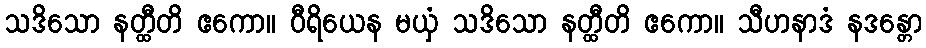
သဒိသော နတ္ထီတိ ဧကော။ ဝီရိယေန မယှံ သဒိသော နတ္ထီတိ ဧကော။ သီဟနာဒံ နဒန္တော